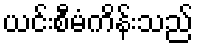
ယင်းစီမံကိန်းသည်